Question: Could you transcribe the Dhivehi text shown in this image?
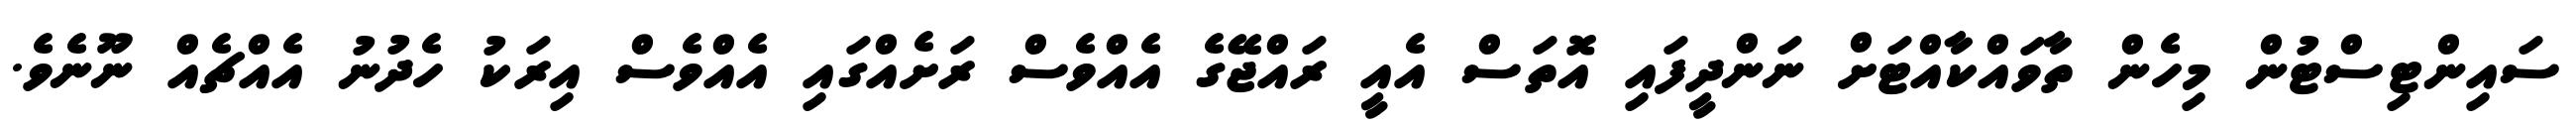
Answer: ސައިންޓިސްޓުން މިހެން ތާވައްކާއްޓަށް ނަންދީފައި އޮތަސް އެއީ ރައްޖޭގެ އެއްވެސް ރަށެއްގައި އެއްވެސް އިރަކު ހެދުނު އެއްޗެއް ނޫނެވެ.